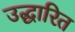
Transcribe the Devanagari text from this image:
उद्धारित